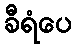
ခီရံပေ